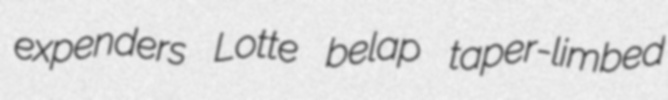
expenders Lotte belap taper-limbed